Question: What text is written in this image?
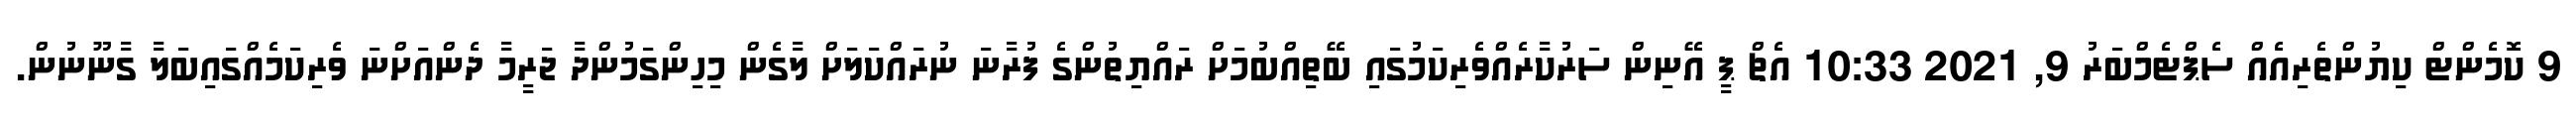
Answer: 9 ކޮމެންޓް ކިޔުންތެރިއެއް ސެޕްޓެމްބަރު 9, 2021 10:33 އެޗް ޕީ އޭނިން ސަރުކާރެއްވެރިކަމުގައި ބޭތިއްބުމަށް ރައްޔިތުންގެ ފުރާނަ ނުރައްކަލަށް ލާގެން މިހިންގަމުންދާ ޖަރީމާ ދެންއަށްނަ ވެރިކަމެއްގައިބަލާ ގާނޫނުން.